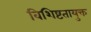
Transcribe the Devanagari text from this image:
विशिष्टतायुक्त